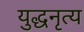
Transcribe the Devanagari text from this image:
युद्धनृत्य